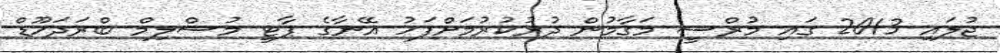
ޖުލައި 2013 ގައި މުރްސީ މަގާމުން ދުރުކުރުމަށްފަހު އޭނާގެ ޕާޓީ މުސްލިމް ބްރަދަހޫޑް